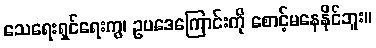
သေရေးရှင်ရေးကွ၊ ဥပဒေကြောင်းကို စောင့်မနေနိုင်ဘူး။